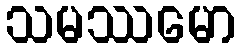
သမဿမော